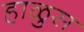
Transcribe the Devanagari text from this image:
हाळुस